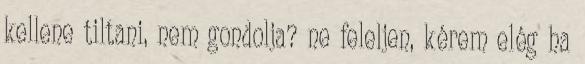
kellene tiltani, nem gondolja? ne feleljen, kérem elég ha